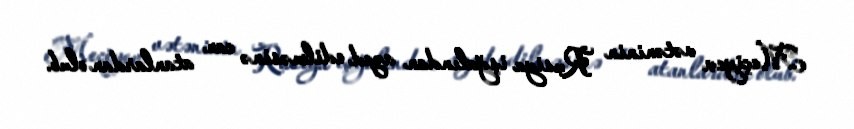
Meçiyev vətəninin Rusiya işğalından azad edilməsinə can atanlardan olub.